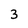
Character: 3